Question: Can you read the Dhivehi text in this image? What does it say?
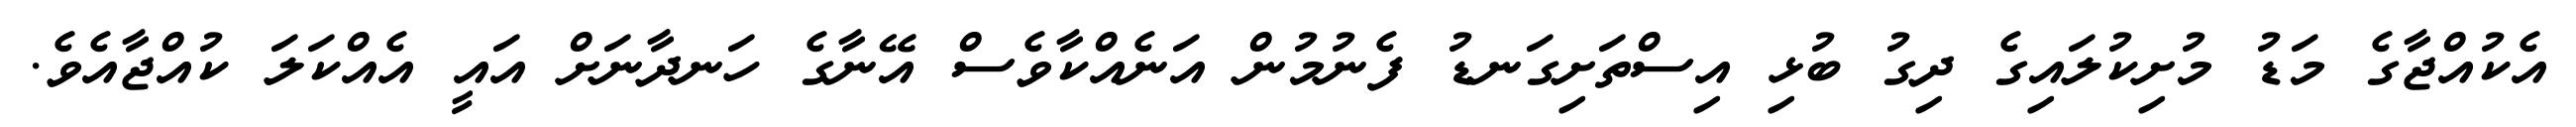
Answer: އެކުއްޖާގެ މަޑު މުށިކުލައިގެ ދިގު ބުޅި އިސްތަށިގަނޑު ފެނުމުން އަނެއްކާވެސް އޭނާގެ ހަނދާނަށް އައީ އެއްކަލަ ކުއްޖާއެވެ.